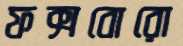
ফক্সবোরো